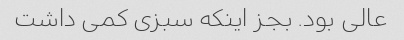
عالی بود. بجز اینکه سبزی کمی داشت